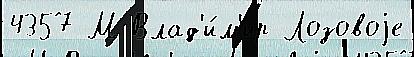
4357 М Влад'и́м'ир Лозовоjе